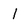
Character: 1